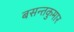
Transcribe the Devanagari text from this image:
बसन्तकुमार